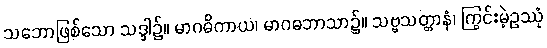
သဘောဖြစ်သော သဒ္ဒါ၌။ မာဂဓိကာယ၊ မာဂဓဘာသာ၌။ သဗ္ဗသတ္တာနံ၊ ကြွင်းမဲ့ဥဿုံ